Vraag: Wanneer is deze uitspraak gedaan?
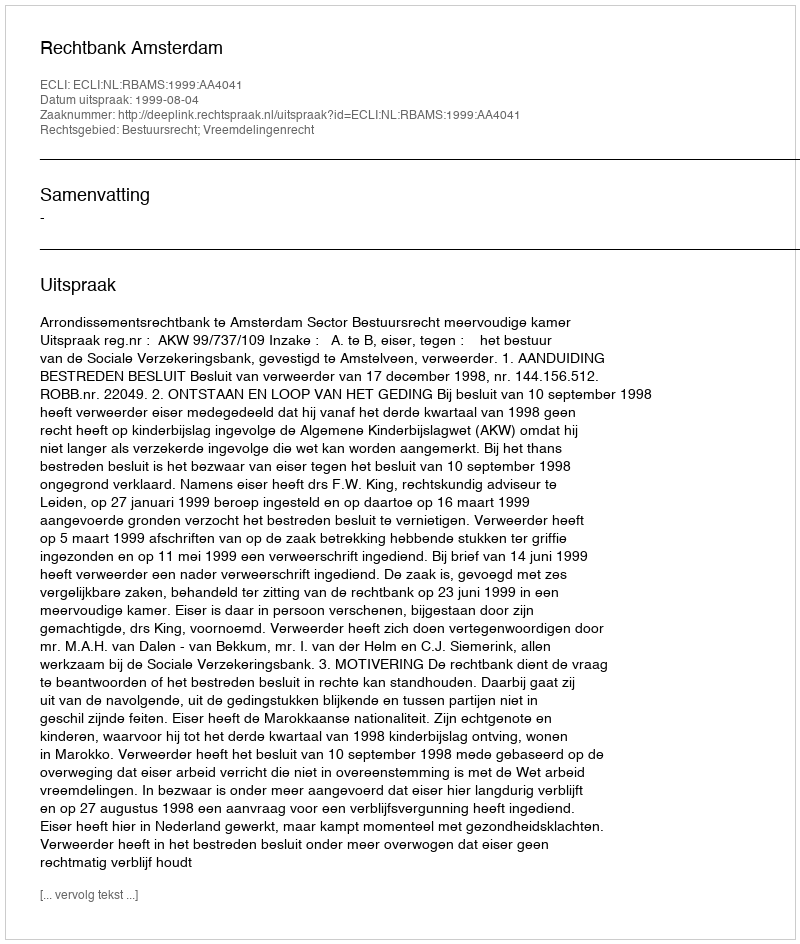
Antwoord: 1999-08-04